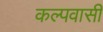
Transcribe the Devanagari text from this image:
कल्पवासी